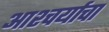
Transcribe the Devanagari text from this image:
आश्‍चर्याचा